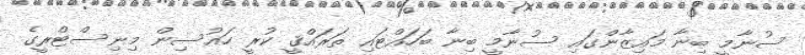
ސުނާމީ ބިނާ މައިޒާންގައި ސުނާމީ ބިނާ ބަހައްޓައި ތަރައްޤީ ކުރީ ހައުސިން މިނިސްޓްރީގެ